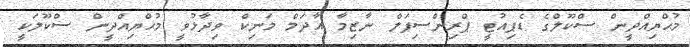
މުޙްޔިއްދީން ސްކޫލްގެ ޑެޕިއުޓީ ޕްރިންސިޕަލް ނާޒިމާ އާދަމް މަނިކް ވިދާޅުވީ މުޙްޔިއްދީން ސްކޫލަކީ